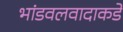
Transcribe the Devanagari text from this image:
भांडवलवादाकडे